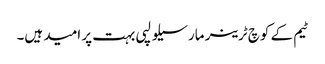
ٹیم کے کوچ ٹرینر مارسیلو لپی بہت پر امید ہیں۔